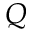
Q